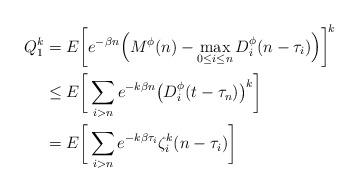
LaTeX: \begin{align*}Q_1^k &= E\bigg[e^{-\beta n}\Big(M^{\phi}(n)-\max_{0\le i\le n}D_i^{\phi}(n-\tau_i)\Big)\bigg]^{\!k}\\&\le E\bigg[\sum_{i>n}e^{-k\beta n}\big(D_i^{\phi}(t-\tau_n)\big)^k\bigg]\\&=E\bigg[\sum_{i>n}e^{-k\beta \tau_i}\zeta_i^k(n-\tau_i)\bigg]\end{align*}